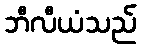
ဘီလီယံသည်